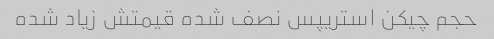
حجم چیکن استریپس نصف شده قیمتش زیاد شده